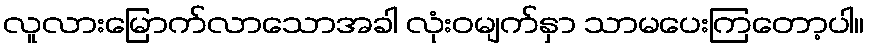
လူလားမြောက်လာသောအခါ လုံးဝမျက်နှာ သာမပေးကြတော့ပါ။